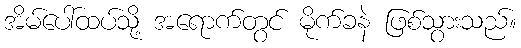
အိမ်ပေါ်ထပ်သို့ အရောက်တွင် မိုက်ခနဲ ဖြစ်သွားသည်။